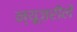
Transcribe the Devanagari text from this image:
न्यूज़रीलें